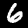
Digit: 6